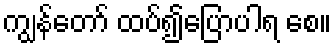
ကျွန်တော် ထပ်၍ပြောပါရ စေ။